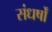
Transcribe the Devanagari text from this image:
संधर्षों